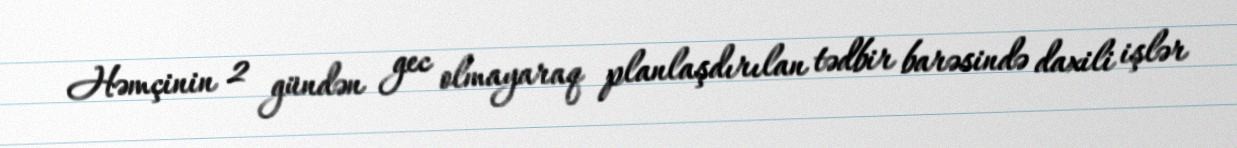
Həmçinin 2 gündən gec olmayaraq planlaşdırılan tədbir barəsində daxili işlər